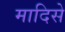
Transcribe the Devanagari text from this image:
मादिसे